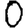
Digit: 0